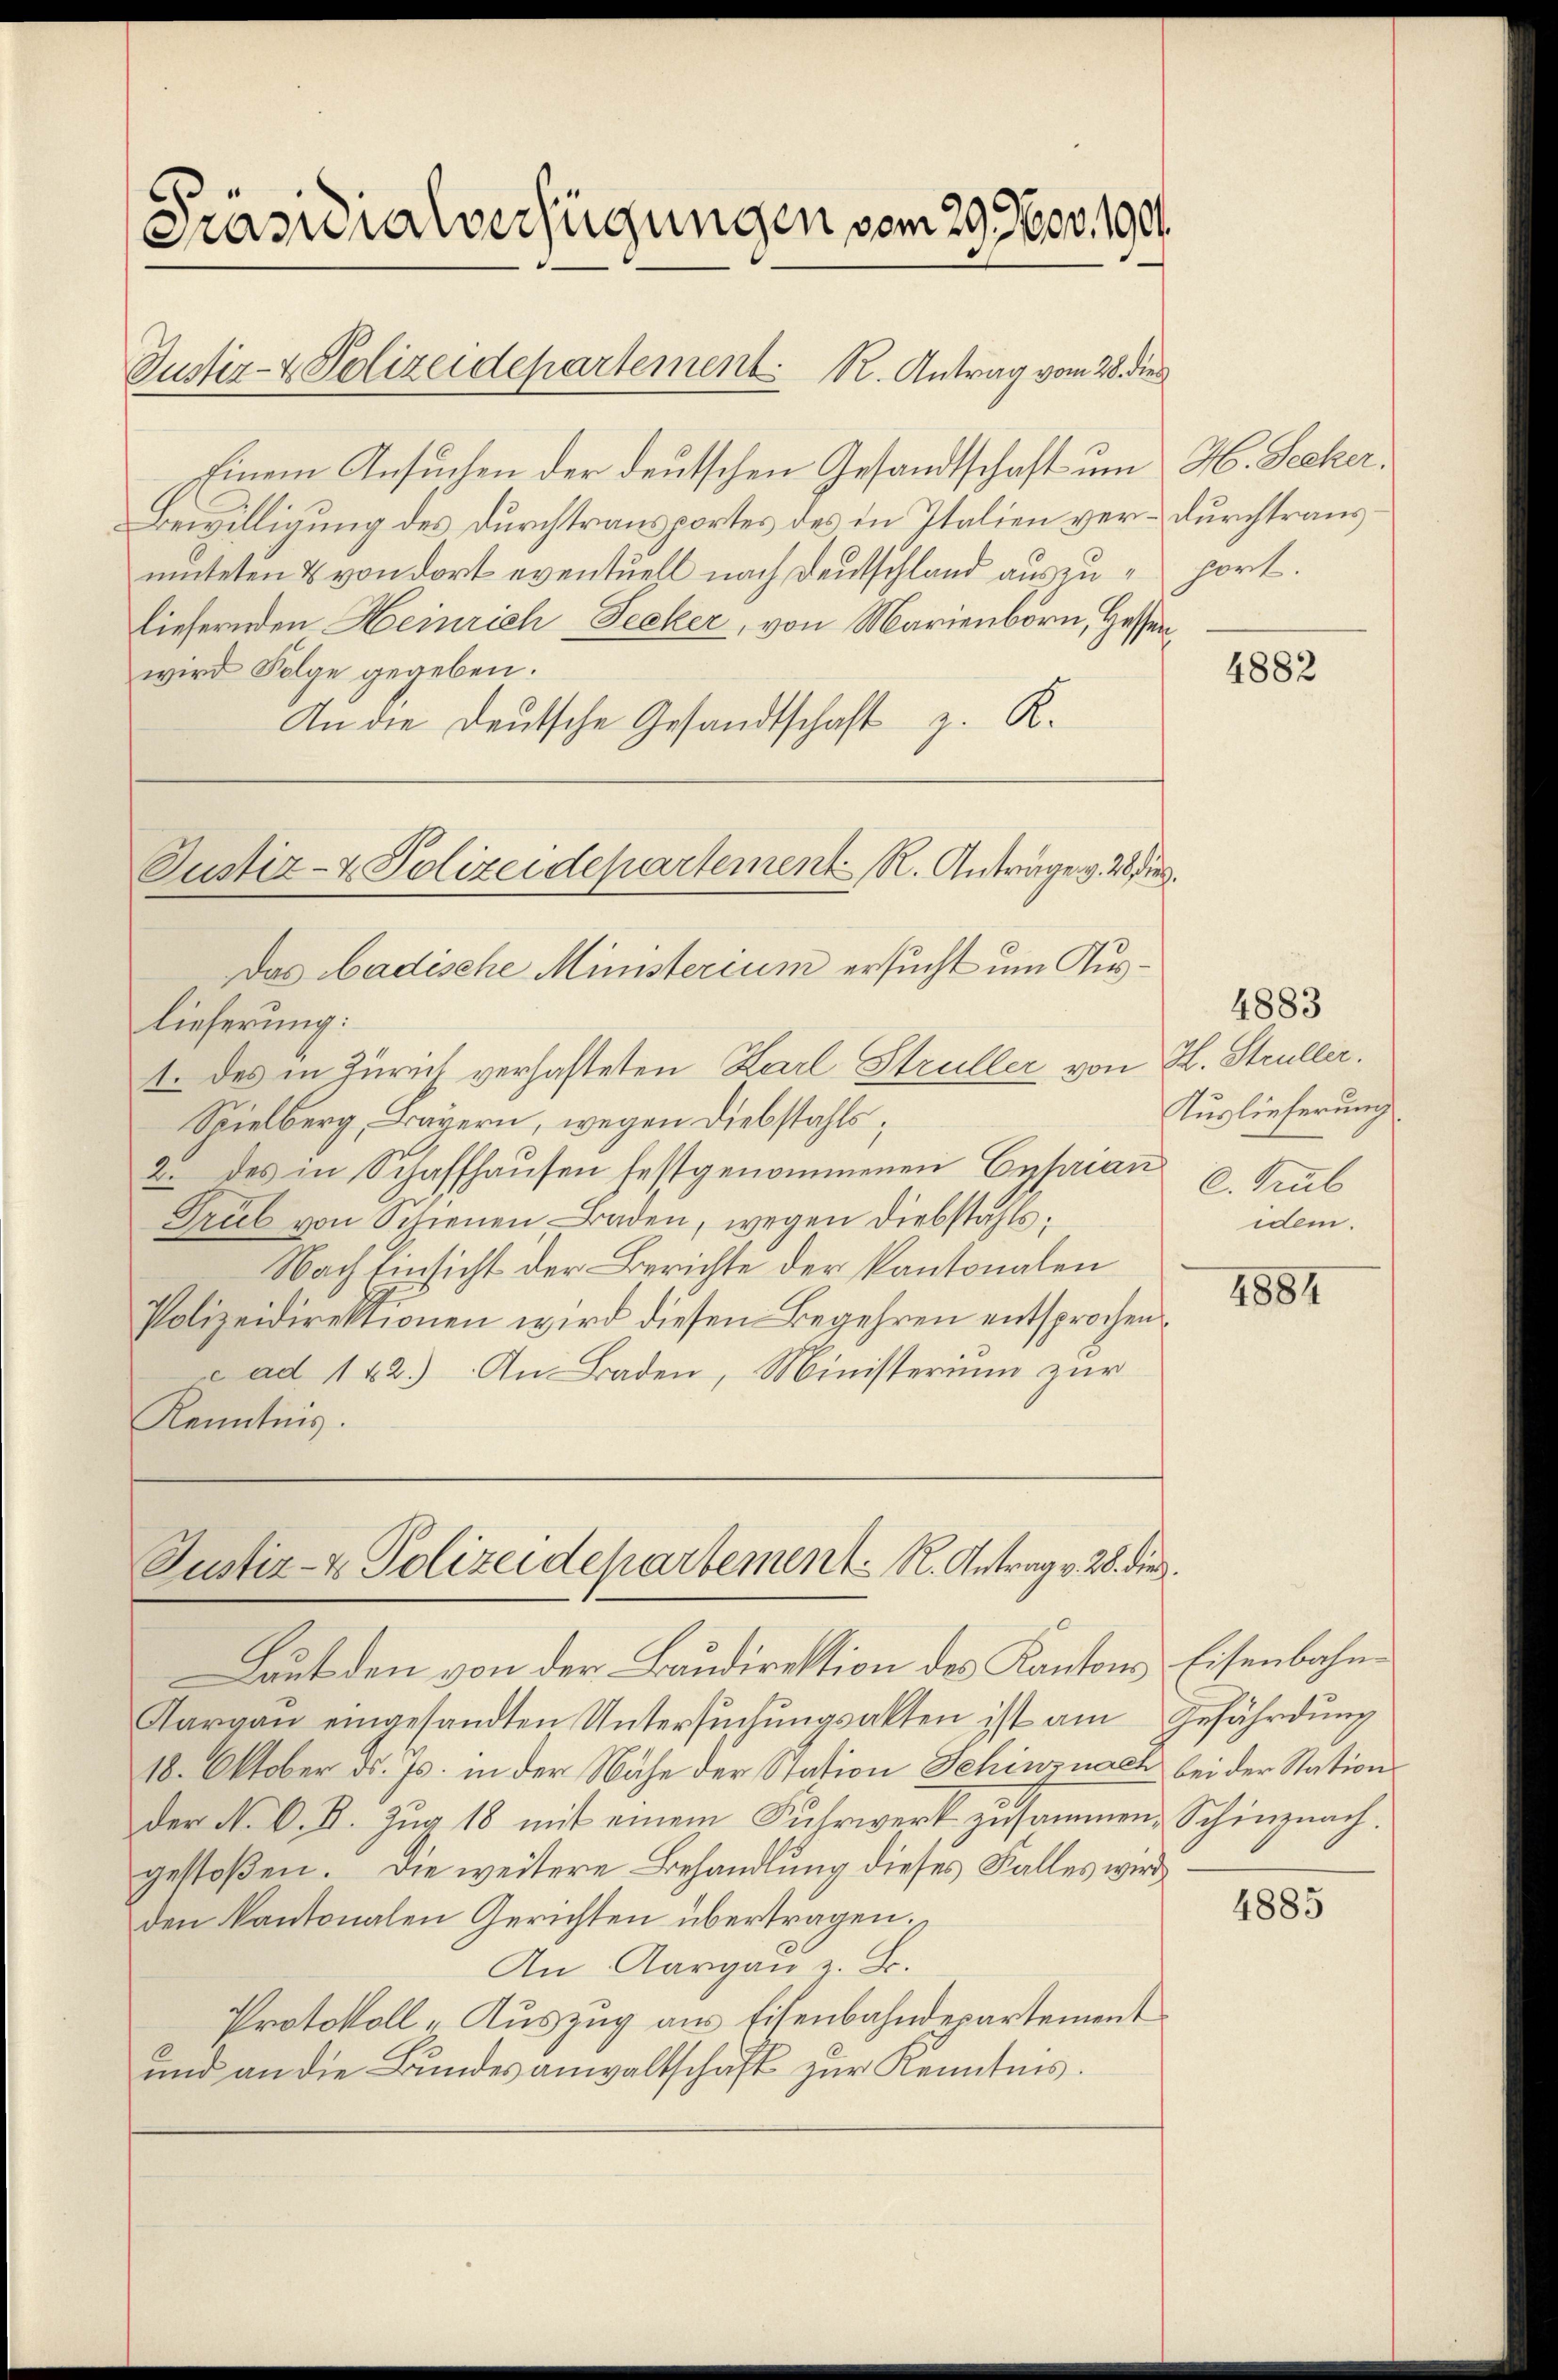
Präsidialverfügungen vom 29. Nov. 1904.

Justiz- & Polizeidepartement. R. Antrag vom 28. dies

Einem Ansuchen der deutschen Gesandtschaft um H. Secker¬
Bewilligung des Durchtransportes des in Italien ver-Durchtrausmteten & von dort eventuell nach Deutschland auszuliefernden Heinrich Decker, von Marienborn, Hessenwird Folge gegeben.
An die Deutsche Gesandtschaft z. R.
Das badische Ministerium ersucht um Auslieferung:
1. des in Zürich verhafteten Karl Strüller von H. Strüller.
Spielberg, Bayern, wegen Diebstahls,
2. des in Schaffhausen festgenommenen Cyprian C. Pub
Grüb von Schienen Baden, wegen Diebstahls,
Nach Einsicht der Berichte der Kantonalen
Polizeidirektionen wird diesen Begehren entsprochen
e ad 142.) An Baden, Ministerium zur
Kenntnis.

Justiz- & Polizeidepartement R. Anträge v. 28

Justiz- & Polizeidepartement. R. Antrag v. 28. die
Laut den von der Baudirektion des Kantons Eisenbahn¬

hört.

Aargau eingesandten Untersŭchŭngsakten ist am Gefährdung
18. Oktober d. Js. in der Nähe der Station Schinznach bei der Station
der N. O. B. Zug 18 mit einem Fuhrwerk zusammen, Schinznach.
gestoßen. Die weitere Behandlung dieses Falles wird
den kantonalen Gerichten übertragen.
An Aargau z. B.
Protokoll-Auszug aus Eisenbahndepartement
und an die Bundesanwaltschaft zur Kenntnis.

4882

4883
Auslieferung
dem.

1884

4885